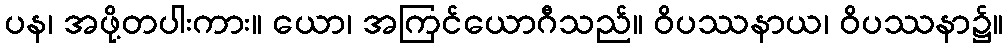
ပန၊ အဖို့တပါးကား။ ယော၊ အကြင်ယောဂီသည်။ ဝိပဿနာယ၊ ဝိပဿနာ၌။